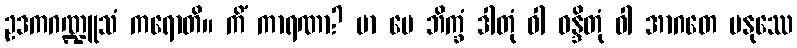
ဥဒကဂဏ္ဍူသံ ကရောတိ။ ကိံ ကာရဏာ? မာ မေ ဘိက္ခံ ဒါတုံ ဝါ ဝန္ဒိတုံ ဝါ အာဂတေ မနုဿေ